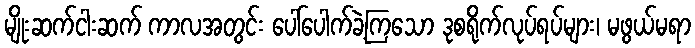
မျိုးဆက်ငါးဆက် ကာလအတွင်း ပေါ်ပေါက်ခဲ့ကြသော ဒုစရိုက်လုပ်ရပ်များ၊ မဖွယ်မရာ